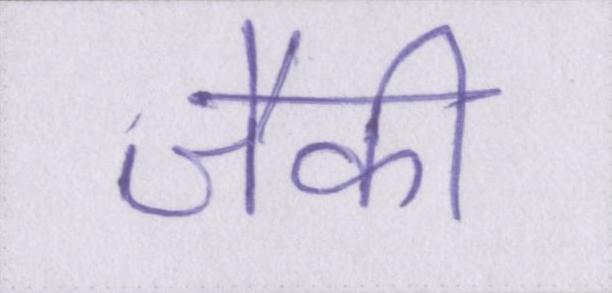
जैकी